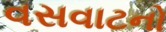
વસવાટનો